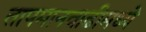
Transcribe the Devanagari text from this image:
तापमानवाढीमध्ये